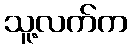
သူ့လက်က